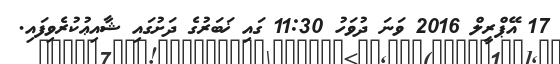
17 އޭޕްރީލް 2016 ވަނަ ދުވަހު 11:30 ގައި ޚަބަރުގެ ދަށުގައި ޝާއިޢުކުރެވިފައި.